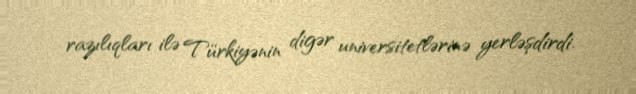
razılıqları ilə Türkiyənin digər universitetlərinə yerləşdirdi.